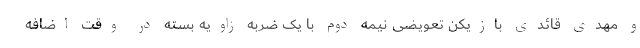
و مهدی قائدی بازیکن تعویضی نیمه دوم با یک ضربه زاویه بسته در وقت اضافه